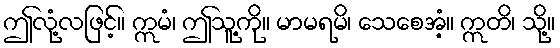
ဤလုံ့လဖြင့်။ ဣမံ၊ ဤသူ့ကို။ မာမရမိ၊ သေစေအံ့။ ဣတိ၊ သို့။